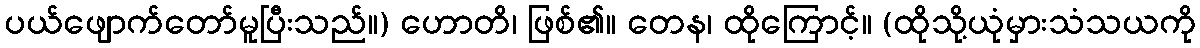
ပယ်ဖျောက်တော်မူပြီးသည်။) ဟောတိ၊ ဖြစ်၏။ တေန၊ ထိုကြောင့်။ (ထိုသို့ယုံမှားသံသယကို